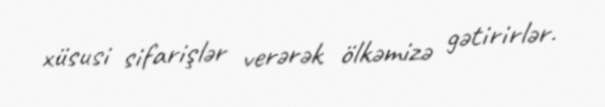
xüsusi sifarişlər verərək ölkəmizə gətirirlər.